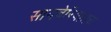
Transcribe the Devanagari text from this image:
सायबेरियातच